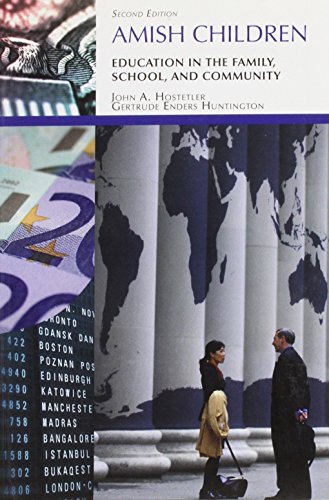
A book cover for Amish Children: Education in the Family, School, and Community (Case Studies in Cultural Anthropology); Gertrude Enders Huntington; Religion & Spirituality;